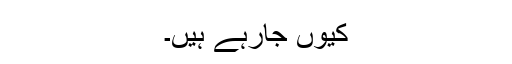
کیوں جارہے ہیں۔